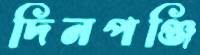
দিনপঞ্জি